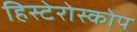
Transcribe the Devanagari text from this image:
हिस्टेरोस्कोप